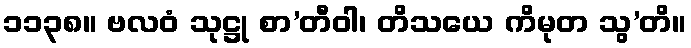
၁၁၃၈။ ဗလဝံ သုဋ္ဌု စာ’တီဝါ၊ တိသယေ ကိမုတ သွ’တိ။